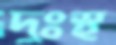
দুঃস্থ